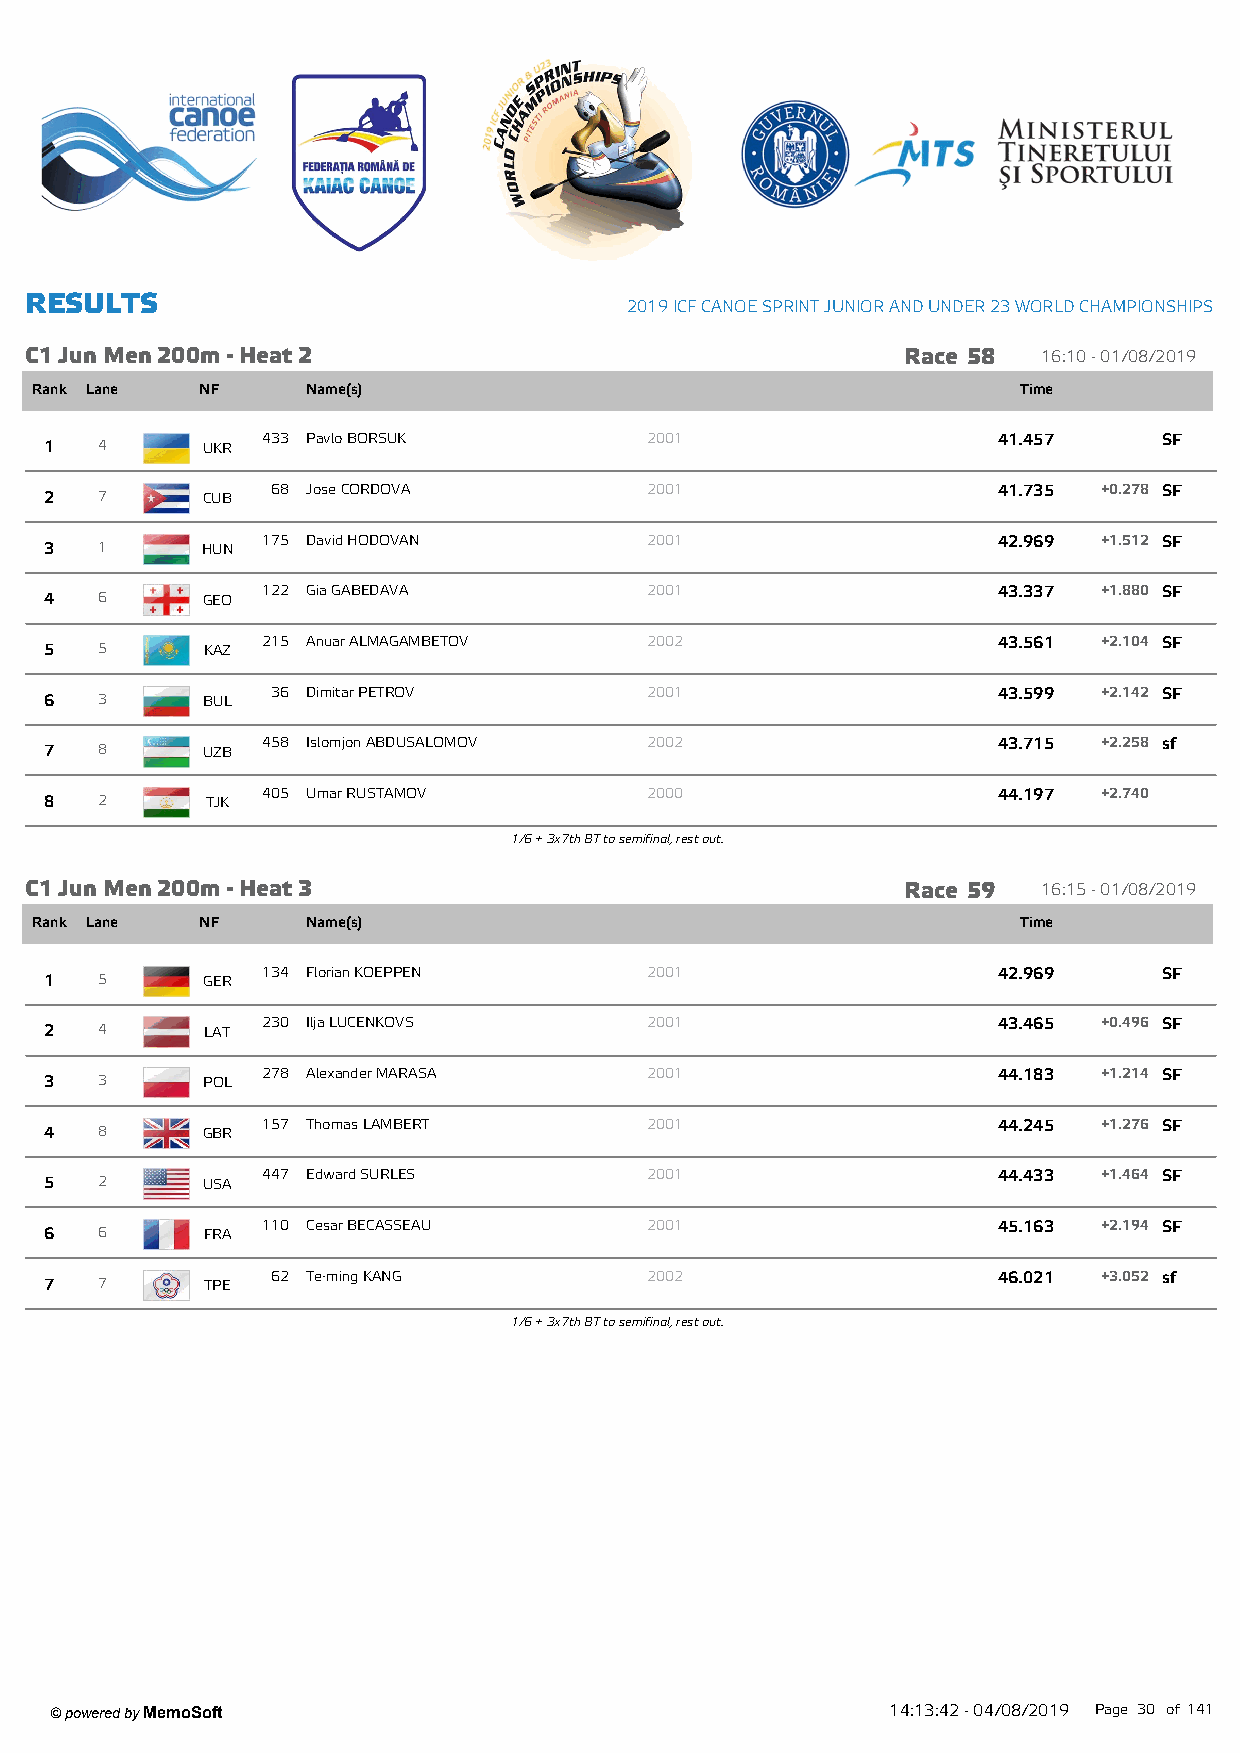
R ESU LTS
 2019 ICF CANOE SPRINT JUNIOR AND UNDER 23 W ORLD CHAMPIONSHIPS
 C1 Jun M en 200m - Heat 2                                 Race 58  16:10 - 01/08/2019
 Rank Lane  NF     Name(s)                                         Time
 433 Pavlo BORSUK          2001                   41.457     SF
 1  4      UKR
 68 Jose CORDOVA          2001                   41.735 +0.278 SF
 2  7      CUB
 175 David HODOVAN         2001                   42.969 +1.512 SF
 3  1      HUN
 122 Gia GABEDAVA          2001                   43.337 +1.880 SF
 4  6      GEO
 215 Anuar ALMAGAMBETOV    2002                   43.561 +2.104 SF
 5  5      KAZ
 36 Dimitar PETROV        2001                   43.599 +2.142 SF
 6  3      BUL
 458 Islomjon ABDUSALOMOV  2002                   43.715 +2.258 sf
 7  8      UZB
 405 Umar RUSTAMOV         2000                   44.197 +2.740
 8  2       TJK
 1/6 + 3x7th BT to semifinal, rest out.
 C1 Jun M en 200m - Heat 3                                 Race 59  16:15 - 01/08/2019
 Rank Lane  NF     Name(s)                                         Time
 134 Florian KOEPPEN       2001                   42.969     SF
 1  5      GER
 230 Ilja LUCENKOVS        2001                   43.465 +0.496 SF
 2  4       LAT
 278 Alexander MARASA      2001                   44.183 +1.214 SF
 3  3      POL
 157 Thomas LAMBERT        2001                   44.245 +1.276 SF
 4  8      GBR
 447 Edward SURLES         2001                   44.433 +1.464 SF
 5  2      USA
 110 Cesar BECASSEAU       2001                   45.163 +2.194 SF
 6  6      FRA
 62 Te-ming KANG          2002                   46.021 +3.052 sf
 7  7       TPE
 1/6 + 3x7th BT to semifinal, rest out.
 ' powered by MemoSoft                                   14:13:42 - 04/08/2019 Page 30 of141